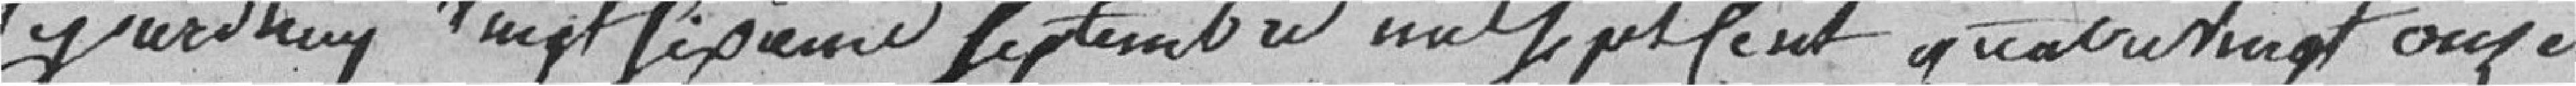
Aujourd'hui vingt sixième septembre mil sept cent quatre vingt onze,